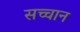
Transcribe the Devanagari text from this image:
सच्चान